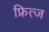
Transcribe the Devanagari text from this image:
फ्रित्ज